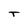
Character: T